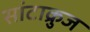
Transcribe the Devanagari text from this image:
सांटाक्रुज